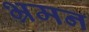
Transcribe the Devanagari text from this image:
भ्रमन